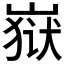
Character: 𰎫